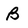
Character: B